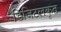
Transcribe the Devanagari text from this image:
डिजिटलकृत